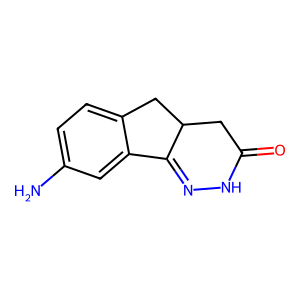
SMILES: Nc1ccc2c(c1)C1=NNC(=O)CC1C2
Inhibits HIV replication: No